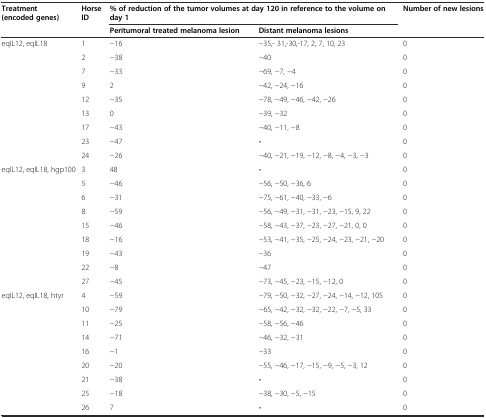
<table><thead><tr><td rowspan="2"><b>Treatment (encoded genes)</b></td><td rowspan="2"><b>Horse ID</b></td><td colspan="2"><b>% of reduction of the tumor volumes at day 120 in reference to the volume on day 1</b></td><td><b>Number of new lesions</b></td></tr><tr><td><b>Peritumoral treated melanoma lesion</b></td><td><b>Distant melanoma lesions</b></td><td>[EMPTY_CELL]</td></tr></thead><tbody><tr><td rowspan="9">eqIL12, eqIL18</td><td>1</td><td>−16</td><td>−35,- 31,-30,-17, 2, 7, 10, 23</td><td>0</td></tr><tr><td>2</td><td>−38</td><td>−40</td><td>0</td></tr><tr><td>7</td><td>−33</td><td>−69, −7, −4</td><td>0</td></tr><tr><td>9</td><td>2</td><td>−42, −24, −16</td><td>0</td></tr><tr><td>12</td><td>−35</td><td>−78, −49, −46, −42, −26</td><td>0</td></tr><tr><td>13</td><td>0</td><td>−39, −32</td><td>0</td></tr><tr><td>17</td><td>−43</td><td>−40, −11, −8</td><td>0</td></tr><tr><td>23</td><td>−47</td><td><b>-</b></td><td>0</td></tr><tr><td>24</td><td>−26</td><td>−40, −21, −19, −12, −8, −4, −3, −3</td><td>0</td></tr><tr><td rowspan="9">eqIL12, eqIL18, hgp100</td><td>3</td><td>48</td><td><b>-</b></td><td>0</td></tr><tr><td>5</td><td>−46</td><td>−56, −50, −36, 6</td><td>0</td></tr><tr><td>6</td><td>−31</td><td>−75, −61, −40, −33, −6</td><td>0</td></tr><tr><td>8</td><td>−59</td><td>−56, −49, −31, −31, −23, −15, 9, 22</td><td>0</td></tr><tr><td>15</td><td>−46</td><td>−58, −43, −37, −23, −27, −21, 0, 0</td><td>0</td></tr><tr><td>18</td><td>−16</td><td>−53, −41, −35, −25, −24, −23, −21, −20</td><td>0</td></tr><tr><td>19</td><td>−43</td><td>−36</td><td>0</td></tr><tr><td>22</td><td>−8</td><td>−47</td><td>0</td></tr><tr><td>27</td><td>−45</td><td>−73, −45, −23, −15, −12, 0</td><td>0</td></tr><tr><td rowspan="9">eqIL12, eqIL18, htyr</td><td>4</td><td>−59</td><td>−79, −50, −32, −27, −24, −14, −12, 105</td><td>0</td></tr><tr><td>10</td><td>−79</td><td>−65, −42, −32, −32, −22, −7, −5, 33</td><td>0</td></tr><tr><td>11</td><td>−25</td><td>−58, −56, −46</td><td>0</td></tr><tr><td>14</td><td>−71</td><td>−46, −32, −31</td><td>0</td></tr><tr><td>16</td><td>−1</td><td>−33</td><td>0</td></tr><tr><td>20</td><td>−20</td><td>−55, −46, −17, −15, −9, −5, −3, 12</td><td>0</td></tr><tr><td>21</td><td>−38</td><td><b>-</b></td><td>0</td></tr><tr><td>25</td><td>−18</td><td>−38, −30, −5, −15</td><td>0</td></tr><tr><td>26</td><td>7</td><td><b>-</b></td><td>0</td></tr></tbody></table>